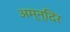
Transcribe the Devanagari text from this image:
अम्न्दिर